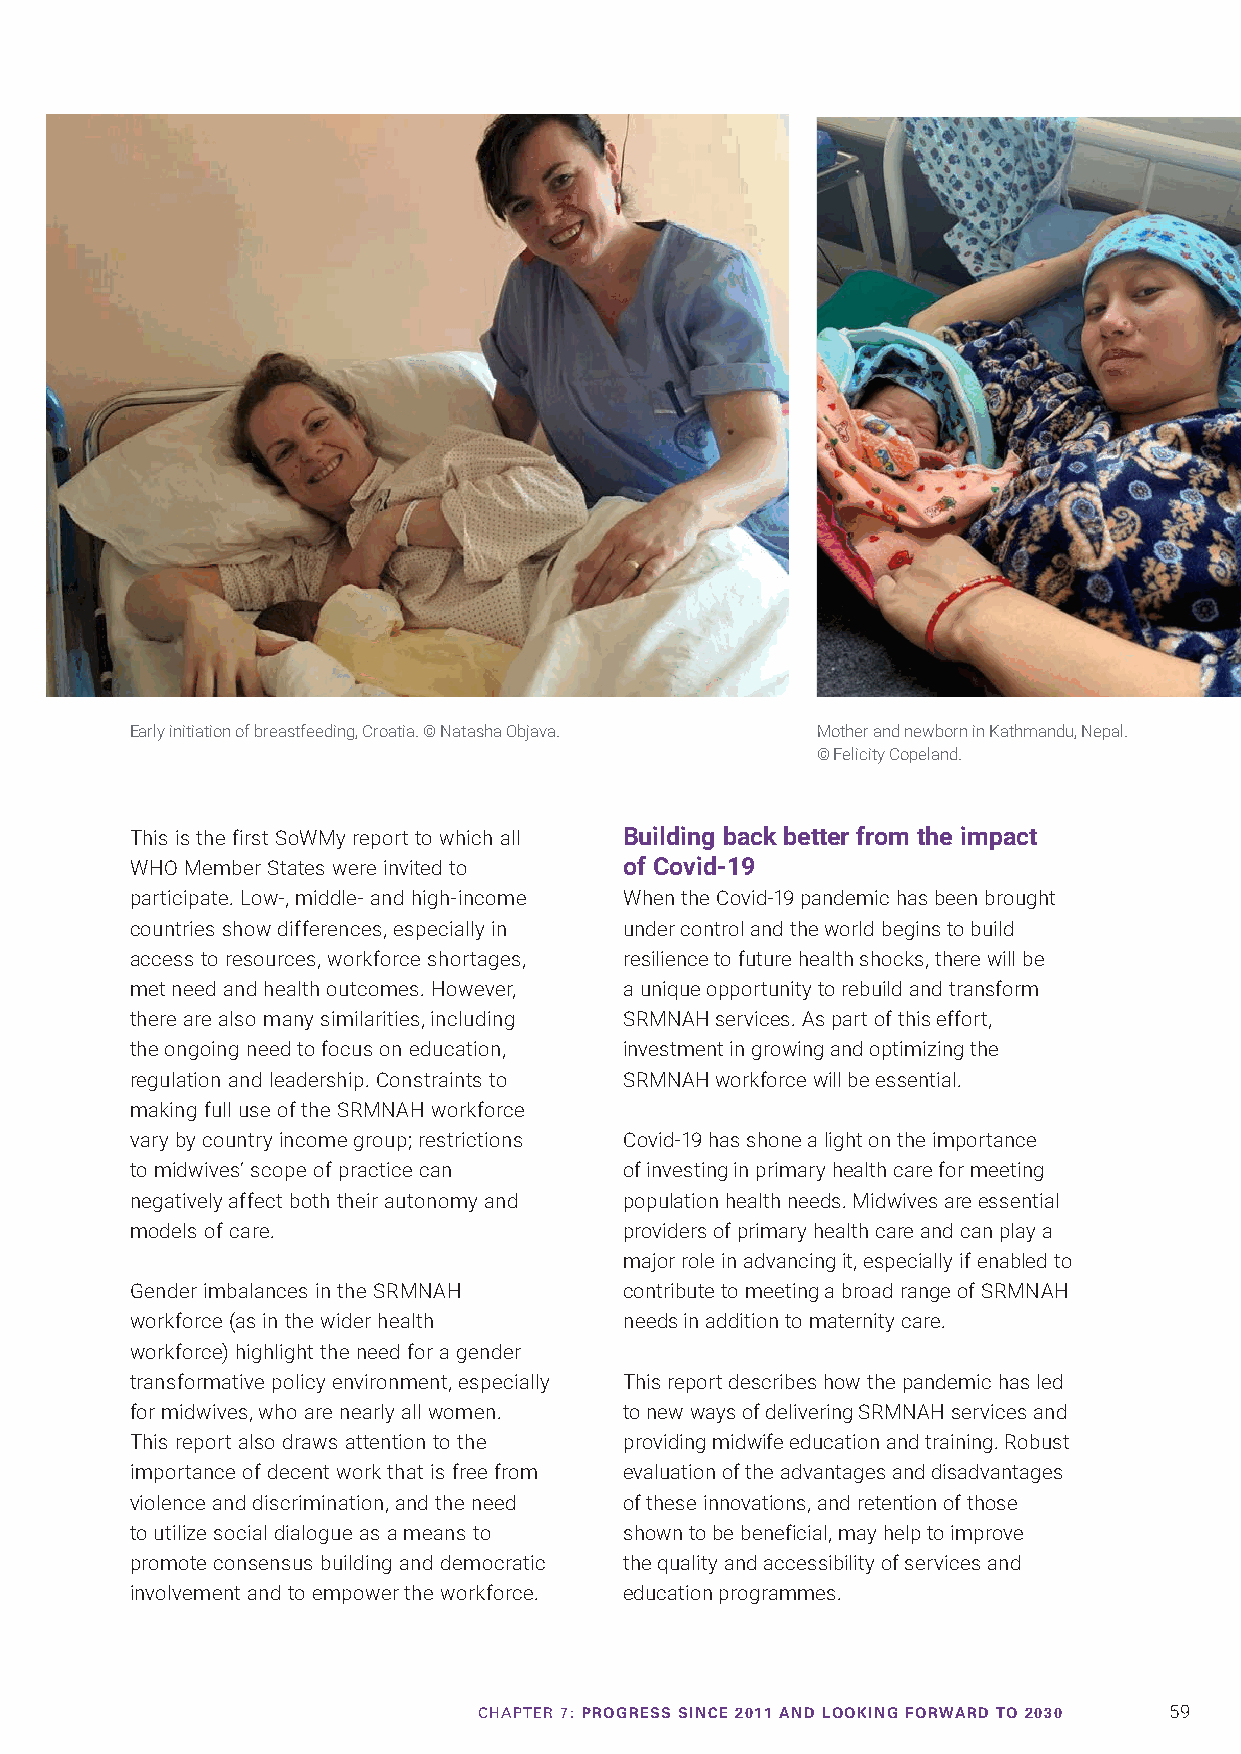
Early initiation of breastfeeding, Croatia. © Natasha Objava. Mother and newborn in Kathmandu, Nepal.
 © Felicity Copeland.
 This is the first SoWMy report to which all Building back better from the impact
 WHO Member States were invited to of Covid-19
 participate. Low-, middle- and high-income When the Covid-19 pandemic has been brought
 countries show differences, especially in under control and the world begins to build
 access to resources, workforce shortages, resilience to future health shocks, there will be
 met need and health outcomes. However, a unique opportunity to rebuild and transform
 there are also many similarities, including SRMNAH services. As part of this effort,
 the ongoing need to focus on education, investment in growing and optimizing the
 regulation and leadership. Constraints to SRMNAH workforce will be essential.
 making full use of the SRMNAH workforce
 vary by country income group; restrictions Covid-19 has shone a light on the importance
 to midwives’ scope of practice can of investing in primary health care for meeting
 negatively affect both their autonomy and population health needs. Midwives are essential
 models of care.                 providers of primary health care and can play a
 major role in advancing it, especially if enabled to
 Gender imbalances in the SRMNAH contribute to meeting a broad range of SRMNAH
 workforce (as in the wider health needs in addition to maternity care.
 workforce) highlight the need for a gender
 transformative policy environment, especially This report describes how the pandemic has led
 for midwives, who are nearly all women. to new ways of delivering SRMNAH services and
 This report also draws attention to the providing midwife education and training. Robust
 importance of decent work that is free from evaluation of the advantages and disadvantages
 violence and discrimination, and the need of these innovations, and retention of those
 to utilize social dialogue as a means to shown to be beneficial, may help to improve
 promote consensus building and democratic the quality and accessibility of services and
 involvement and to empower the workforce. education programmes.
 CHAPTER 7: PROGRESS SINCE 2011 AND LOOKING FORWARD TO 2030 59